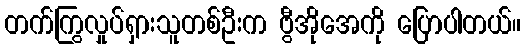
တက်ကြွလှုပ်ရှားသူတစ်ဦးက ဗွီအိုအေကို ပြောပါတယ်။